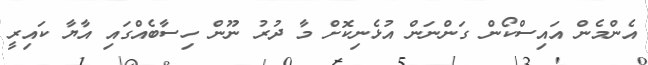
އެންމެން އައިސްކޯން ގަންނަން އުޅެނިކޮށް މާ ދުރު ނޫން ހިސާބެއްގައި އާޔާ ކައިރީ